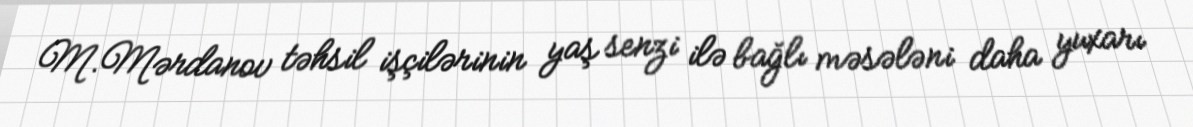
M.Mərdanov təhsil işçilərinin yaş senzi ilə bağlı məsələni daha yuxarı